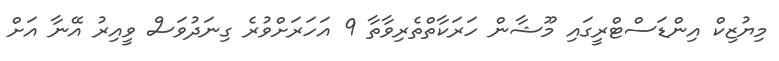
މިޔުޒިކް އިންޑަސްޓްރީގައި މޫޝާން ހަރަކާތްތެރިވާތާ 9 އަހަރަށްވުރެ ގިނަދުވަސް ވީއިރު އޭނާ އަށް